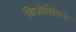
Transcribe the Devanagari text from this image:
बिजोसिंगने